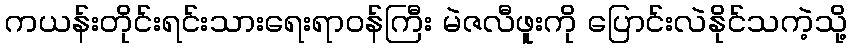
ကယန်းတိုင်းရင်းသားရေးရာဝန်ကြီး မဲဇလီဖူးကို ပြောင်းလဲနိုင်သကဲ့သို့